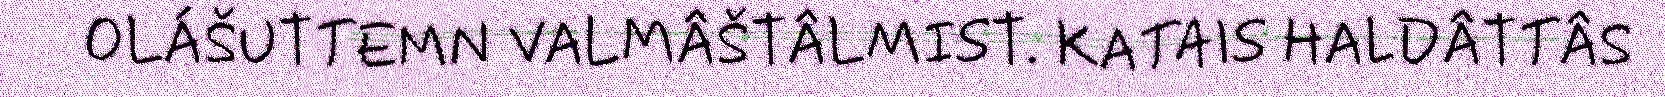
OLÁŠUTTEMN VALMÂŠTÂLMIST. KATAIS HALDÂTTÂS